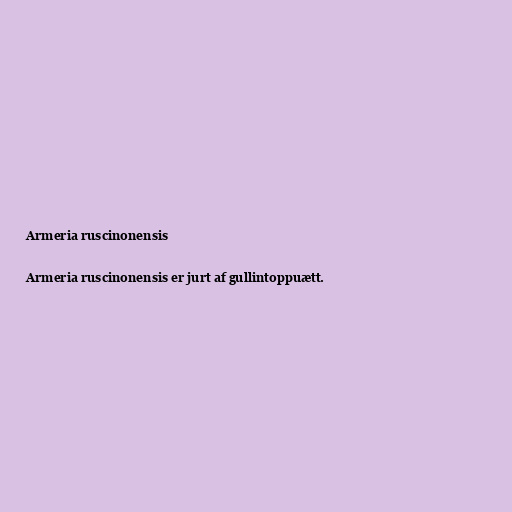
Armeria ruscinonensis

Armeria ruscinonensis er jurt af gullintoppuætt.